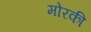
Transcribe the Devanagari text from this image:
मोरकी